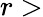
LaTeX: r>